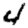
Digit: 4